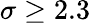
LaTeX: \sigma\geq 2.3